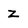
Character: Z